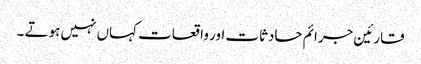
قارئین جرائم حادثات اور واقعات کہاں نہیں ہوتے ۔